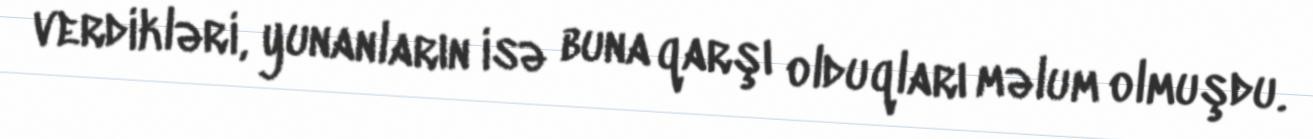
verdikləri, yunanların isə buna qarşı olduqları məlum olmuşdu.